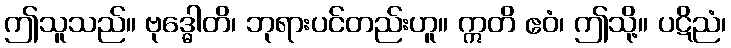
ဤသူသည်။ ဗုဒ္ဓေါတိ၊ ဘုရားပင်တည်းဟူ။ ဣတိ ဧဝံ၊ ဤသို့။ ပဋိညံ၊